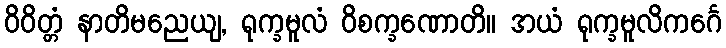
ဝိဝိတ္တံ နာတိမညေယျ, ရုက္ခမူလံ ဝိစက္ခဏောတိ။ အယံ ရုက္ခမူလိကင်္ဂေ